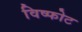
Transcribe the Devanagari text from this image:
विष्फोट